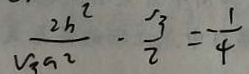
\frac { 2 b ^ { 2 } } { v 3 a 2 } - \frac { 3 } { 2 } = \frac { 1 } { 4 }